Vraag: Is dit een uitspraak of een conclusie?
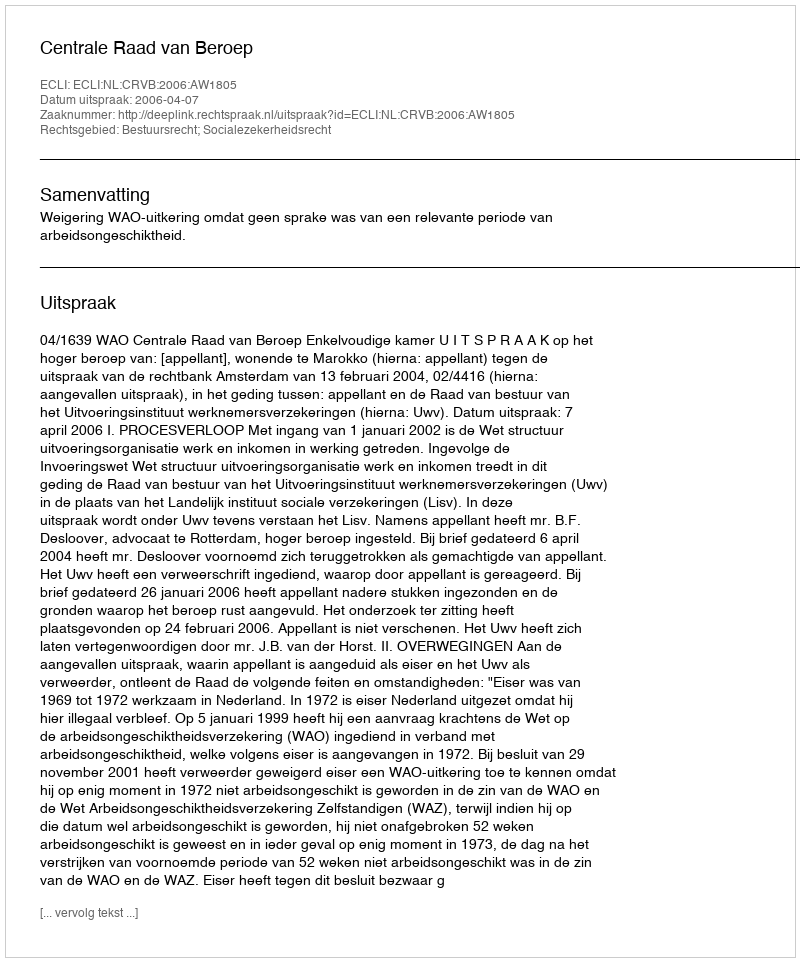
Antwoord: Uitspraak